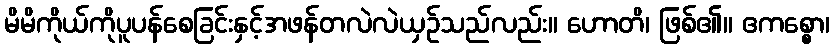
မိမိကိုယ်ကိုပူပန်စေခြင်းနှင့်အဖန်တလဲလဲယှဉ်သည်လည်း။ ဟောတိ၊ ဖြစ်၏။ ဧကစ္စော၊